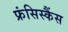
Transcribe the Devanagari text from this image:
फ्रंसिस्कैंस